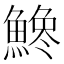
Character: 𩺒